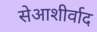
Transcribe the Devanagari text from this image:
सेआशीर्वाद